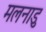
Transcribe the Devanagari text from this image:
मलनाडु